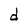
Character: d